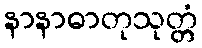
နာနာဓာတုသုတ္တံ